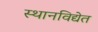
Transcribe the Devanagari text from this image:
स्थानविद्येत